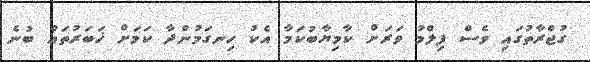
ގުޖްރާތުގައި ވެސް ފިލްމު ވަރަށް ކާމިޔާބުކަމާ އެކު ހިނގަމުންދާ ކަމަށް ޚަބަރުތައް ބުނެ